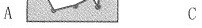
A C